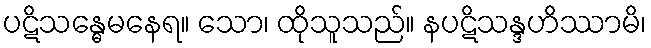
ပဋိသန္ဓေမနေရ။ သော၊ ထိုသူသည်။ နပဋိသန္ဒဟိဿာမိ၊